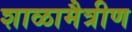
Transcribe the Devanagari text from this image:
शाळामैत्रीण